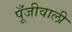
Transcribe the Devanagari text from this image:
पूँजीवाली